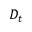
D _ { t }